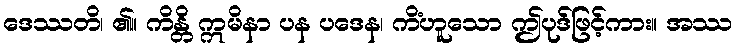
ဒေဿတိ၊ ၏။ ကိန္တိ ဣမိနာ ပန ပဒေန၊ ကိံဟူသော ဤပုဒ်ဖြင့်ကား။ အဿ